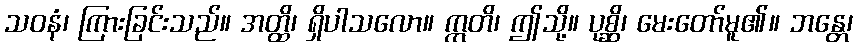
သဝနံ၊ ကြားခြင်းသည်။ အတ္ထိ၊ ရှိပါသလော။ ဣတိ၊ ဤသို့။ ပုစ္ဆိ၊ မေးတော်မူ၏။ ဘန္တေ၊